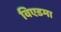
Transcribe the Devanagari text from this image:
विएडमा